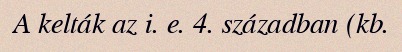
A kelták az i. e. 4. században (kb.